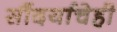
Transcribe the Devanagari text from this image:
सौंदर्याचेही